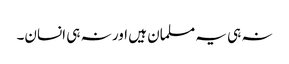
نہ ہی یہ مسلمان ہیں اور نہ ہی انسان۔